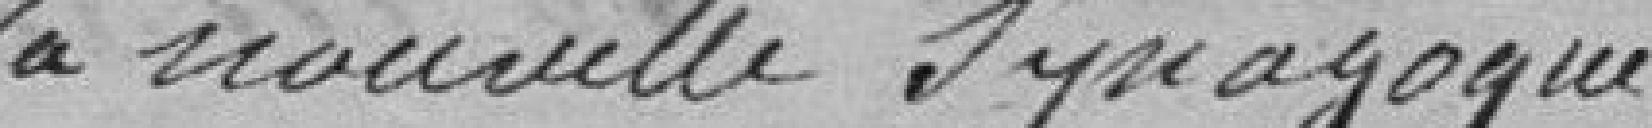
de la nouvelle Synagogue .